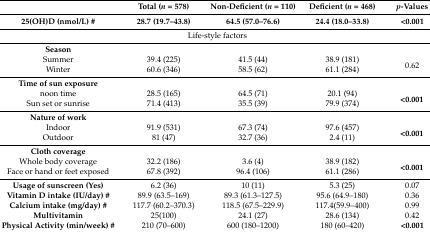
<table><thead><tr><td></td><td><b>Total )<i>n</i> = 578(</b></td><td><b>Non-Deficient (<i>n</i> = 110)</b></td><td><b>Deficient (<i>n</i> = 468)</b></td><td><b><i>p</i>-Values</b></td></tr><tr><td><b>25(OH)D (nmol/L) #</b></td><td><b>28.7 (19.7–43.8)</b></td><td><b>64.5 (57.0–76.6)</b></td><td><b>24.4 (18.0–33.8)</b></td><td><b>&lt;0.001</b></td></tr></thead><tbody><tr><td colspan="5">Life-style factors</td></tr><tr><td><b>Season</b></td><td colspan="4"></td></tr><tr><td>Summer</td><td>39.4 (225)</td><td>41.5 (44)</td><td>38.9 (181)</td><td rowspan="2">0.62</td></tr><tr><td>Winter</td><td>60.6 (346)</td><td>58.5 (62)</td><td>61.1 (284)</td></tr><tr><td><b>Time of sun exposure</b></td><td colspan="4"></td></tr><tr><td>noon time</td><td>28.5 (165)</td><td>64.5 (71)</td><td>20.1 (94)</td><td rowspan="2"><b>&lt;0.001</b></td></tr><tr><td>Sun set or sunrise</td><td>71.4 (413)</td><td>35.5 (39)</td><td>79.9 (374)</td></tr><tr><td><b>Nature of work</b></td><td colspan="4"></td></tr><tr><td>Indoor</td><td>91.9 (531)</td><td>67.3 (74)</td><td>97.6 (457)</td><td rowspan="2"><b>&lt;0.001</b></td></tr><tr><td>Outdoor</td><td>81 (47)</td><td>32.7 (36)</td><td>2.4 (11)</td></tr><tr><td><b>Cloth coverage</b></td><td colspan="4"></td></tr><tr><td>Whole body coverage</td><td>32.2 (186)</td><td>3.6 (4)</td><td>38.9 (182)</td><td rowspan="2"><b>&lt;0.001</b></td></tr><tr><td>Face or hand or feet exposed</td><td>67.8 (392)</td><td>96.4 (106)</td><td>61.1 (286)</td></tr><tr><td><b>Usage of sunscreen (Yes)</b></td><td>6.2 (36)</td><td>10 (11)</td><td>5.3 (25)</td><td>0.07</td></tr><tr><td><b>Vitamin D intake (IU/day) #</b></td><td>89.9 (63.5–169)</td><td>89.3 (61.3–127.5)</td><td>95.6 (64.9–180)</td><td>0.36</td></tr><tr><td><b>Calcium intake (mg/day) #</b></td><td>117.7 (60.2–370.3)</td><td>118.5 (67.5–229.9)</td><td>117.4(59.9–400)</td><td>0.99</td></tr><tr><td><b>Multivitamin</b></td><td>25(100)</td><td>24.1 (27)</td><td>28.6 (134)</td><td>0.42</td></tr><tr><td><b>Physical Activity (min/week) #</b></td><td>210 (70–600)</td><td>600 (180–1200)</td><td>180 (60–420)</td><td><b>&lt;0.001</b></td></tr></tbody></table>